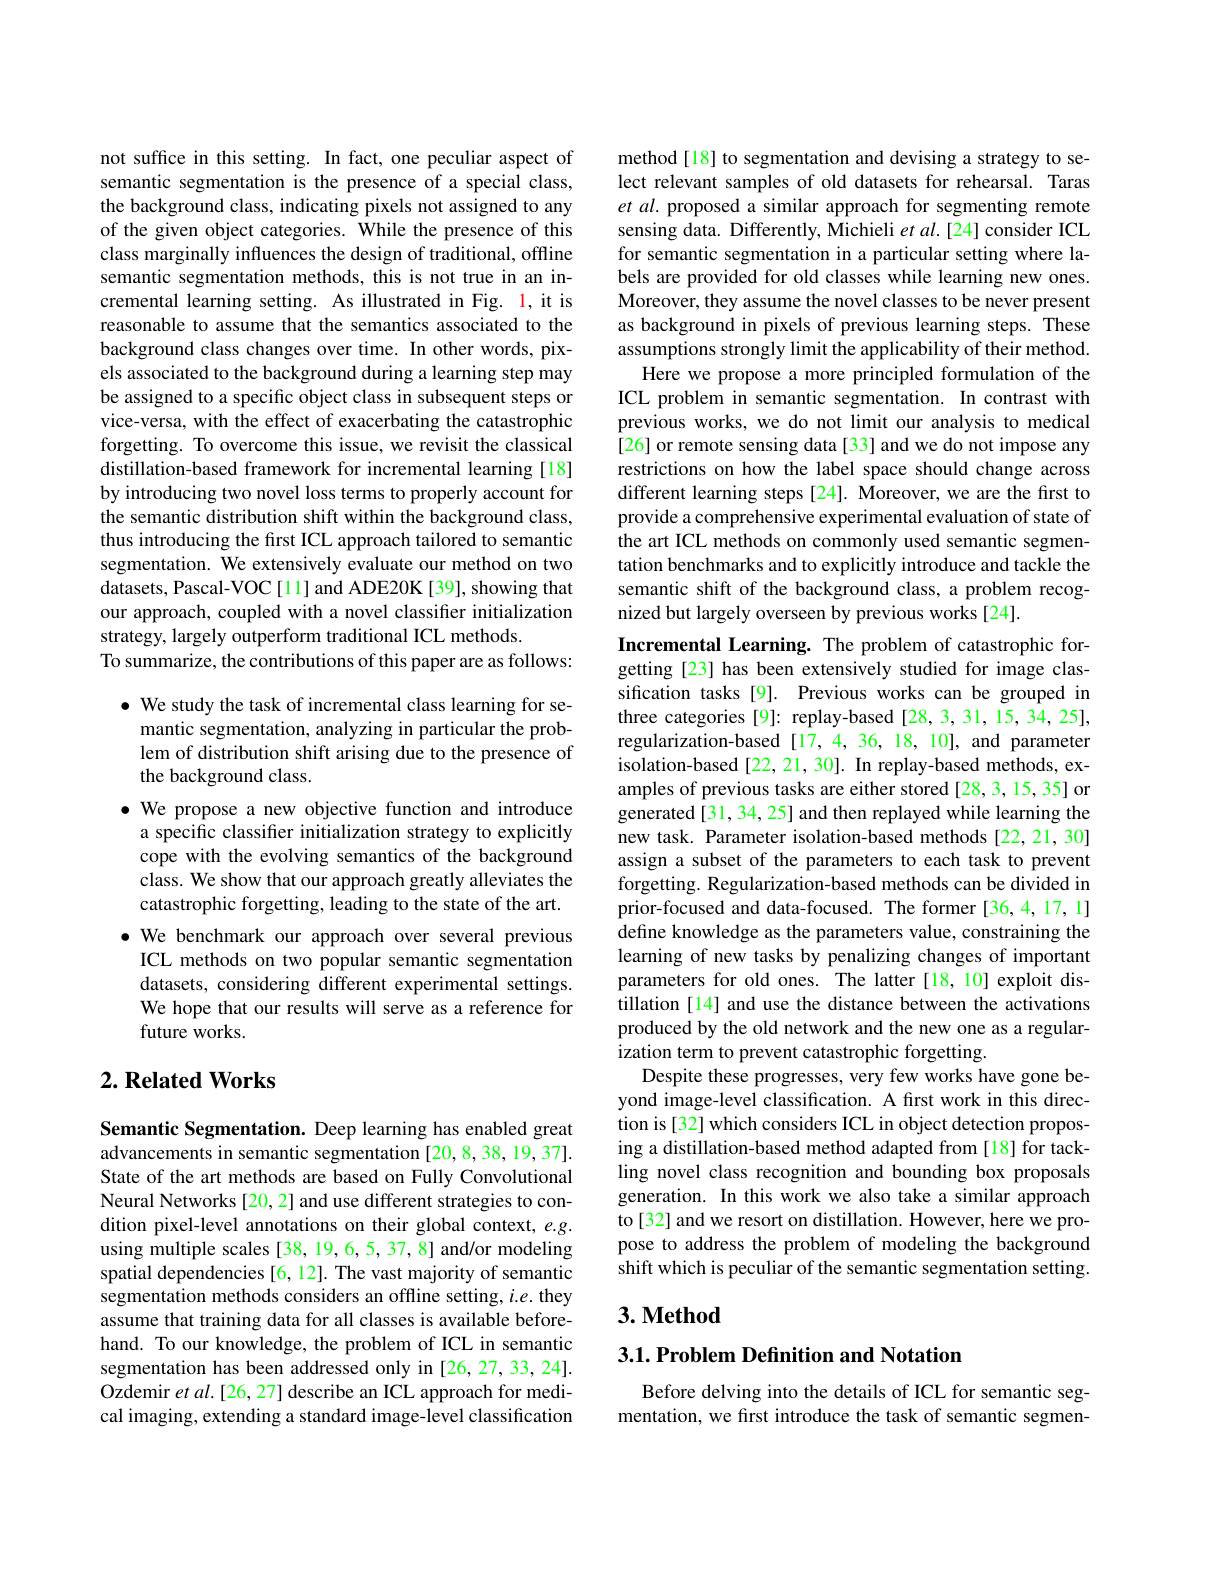
not suffice in this setting. In fact, one peculiar aspect of semantic segmentation is the presence of a special class, the background class, indicating pixels not assigned to any of the given object categories. $\hat{\text{While the presence of this}}$ class marginally influences the design of traditional, offline semantic segmentation methods, this is not true in an incremental learning setting. As illustrated in Fig. 1, it is reasonable to assume that the semantics associated to the background class changes over time. In other words, pixels associated to the background during a learning step may be assigned to a specific object class in subsequent steps or vice-versa, with the effect of exacerbating the catastrophic forgetting. To overcome this issue, we revisit the classical distillation-based framework for incremental learning [18] by introducing two novel loss terms to properly account for the semantic distribution shift within the background class, thus introducing the first ICL approach tailored to semantic segmentation. We extensively evaluate our method on two datasets, Pascal-VOC[11] and ADE20K[39], showing that our approach, coupled with a novel classifier initialization strategy, largely outperform traditional ICL methods.
To summarize, the contributions of this paper are as follows:
$\bullet$ We study the task of incremental class learning for semantic segmentation, analyzing in particular the problem of distribution shift arising due to the presence of the background class.
$\bullet$ We propose a new objective function and introduce
a specific classifier initialization strategy to explicitly cope with the evolving semantics of the background class. We show that our approach greatly alleviates the catastrophic forgetting, leading to the state of the art.
$\bullet$ We benchmark our approach over several previous ICL methods on two popular semantic segmentation datasets, considering different experimental settings. We hope that our results will serve as a reference for future works.

## $2. \textbf{Related Works}$

Semantic Segmentation. Deep learning has enabled great advancements in semantic segmentation [20,8,38,19,37]. State of the art methods are based on Fully Convolutional Neural Networks [20,2] and use different strategies to condition pixel-level annotations on their global context, $e.g.$ using multiple scales [38, 19,6,5, 37,8] and/or modeling spatial dependencies[6,12]. The vast majority of semantic segmentation methods considers an offline setting, $i.e.$ they assume that training data for all classes is available beforehand. To our knowledge, the problem of ICL in semantic segmentation has been addressed only in [26,27,33,24]. Ozdemir et al.[26, 27] describe an ICL approach for medical imaging, extending a standard image-level classification

method[18] to segmentation and devising a strategy to select relevant samples of old datasets for rehearsal. Taras et al. proposed a similar approach for segmenting remote sensing data. Differently, Michieli $etal.[24]$ consider ICL for semantic segmentation in a particular setting where labels are provided for old classes while learning new ones. Moreover, they assume the novel classes to be never present as background in pixels of previous learning steps. These assumptions strongly limit the applicability of their method.
Here we propose a more principled formulation of the ICL problem in semantic segmentation. In contrast with previous works, we do not limit our analysis to medical [26] or remote sensing data[33] and we do not impose any restrictions on how the label space should change across different learning steps [24]. Moreover, we are the first to provide a comprehensive experimental evaluation of state of the art ICL methods on commonly used semantic segmentation benchmarks and to explicitly introduce and tackle the semantic shift of the background class, a problem recognized but largely overseen by previous works [24].
Incremental Learning. The problem of catastrophic forgetting [23] has been extensively studied for image classification tasks [9]. Previous works can be grouped in three categories [9]: replay-based [28,3,31,15,34,25], regularization-based[17,4,36,18,10], and parameter isolation-based [22, 21, 30]. In replay-based methods, examples of previous tasks are either stored [28,3,15,35] or generated[31,34,25] and then replayed while learning the new task. Parameter isolation-based methods [22,21,30] assign a subset of the parameters to each task to prevent forgetting. Regularization-based methods can be divided in prior-focused and data-focused. The former [36,4,17,1] define knowledge as the parameters value, constraining the learning of new tasks by penalizing changes of important parameters for old ones. The latter[18,10] exploit distillation [14] and use the distance between the activations produced by the old network and the new one as a regularization term to prevent catastrophic forgetting.
Despite these progresses, very few works have gone beyond image-level classification. A first work in this direction is[32] which considers ICL in object detection proposing a distillation-based method adapted from [18] for tackling novel class recognition and bounding box proposals generation. In this work we also take a similar approach to[32] and we resort on distillation. However, here we propose to address the problem of modeling the background shift which is peculiar of the semantic segmentation setting. $3. \textbf{Method}$

## 3.1. Problem Definition and Notation

Before delving into the details of ICL for semantic segmentation, we frst introduce the task of semantic segmen-